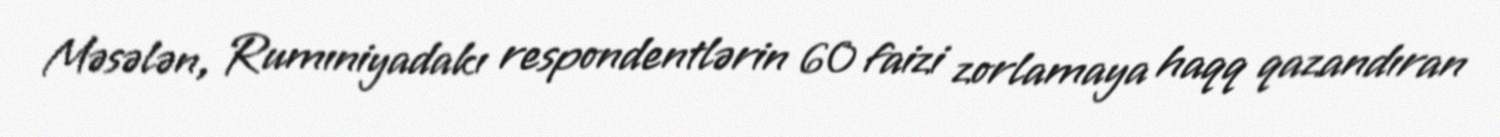
Məsələn, Rumıniyadakı respondentlərin 60 faizi zorlamaya haqq qazandıran